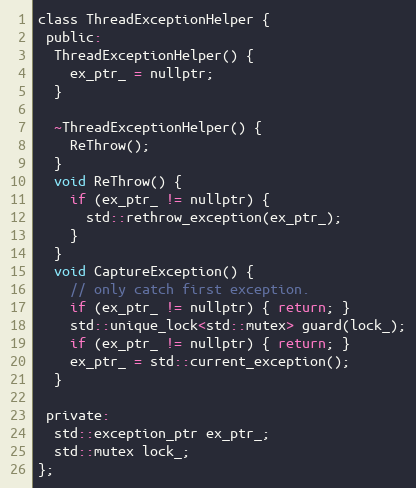
Language: C
class ThreadExceptionHelper {
 public:
  ThreadExceptionHelper() {
    ex_ptr_ = nullptr;
  }

  ~ThreadExceptionHelper() {
    ReThrow();
  }
  void ReThrow() {
    if (ex_ptr_ != nullptr) {
      std::rethrow_exception(ex_ptr_);
    }
  }
  void CaptureException() {
    // only catch first exception.
    if (ex_ptr_ != nullptr) { return; }
    std::unique_lock<std::mutex> guard(lock_);
    if (ex_ptr_ != nullptr) { return; }
    ex_ptr_ = std::current_exception();
  }

 private:
  std::exception_ptr ex_ptr_;
  std::mutex lock_;
};